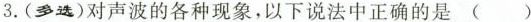
3.(多选)对声波的各种现象，以下说法中正确的是 ( )